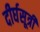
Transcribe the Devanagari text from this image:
दीर्घसूत्री